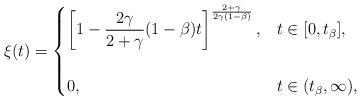
LaTeX: \begin{align*}\xi(t)=\begin{cases}\displaystyle \left[1-\frac{2\gamma}{2+\gamma}(1-\beta) t\right]^{\frac{2+\gamma}{2\gamma(1-\beta)}}, & t\in [0,t_\beta],\\ \\0,& t \in (t_\beta,\infty),\end{cases}\end{align*}